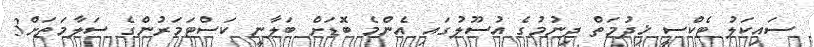
ސައިކަލު ޓެކްސީ ޚިދުމަތް ދިނުމުގެ އުސޫލުގައި އެންމެ ބޮޑަށް ބަލާނީ ކަސްޓަމަރުންގެ ސަލާމަތަށް3